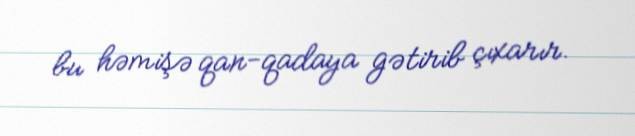
bu həmişə qan-qadaya gətirib çıxarır.